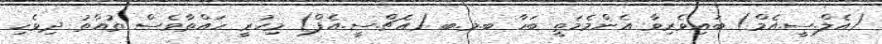
(އެލް.ސީ.އެމް) ބައިވެރިވާ އެންމެމަތީ ބަހާ ބ.މ.ބ (އެޗް.ސީ.އެފް) މިހުރީ ހައްތާވެސް ތުއްތު ދިވެހި